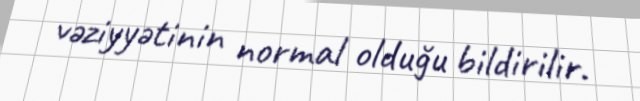
vəziyyətinin normal olduğu bildirilir.